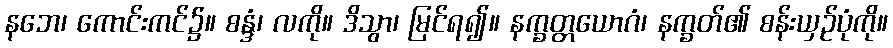
နဘေ၊ ကောင်းကင်၌။ စန္ဒံ၊ လကို။ ဒိသွာ၊ မြင်ရ၍။ နက္ခတ္တယောဂံ၊ နက္ခတ်၏ စန်းယှဉ်ပုံကို။